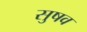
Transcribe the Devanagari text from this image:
सुषव